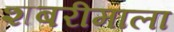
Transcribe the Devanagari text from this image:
शबरीमाला